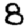
Digit: 8